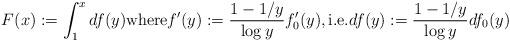
LaTeX: \begin{align*}F(x):=\int_1^x df(y) \textrm{where} f'(y):=\frac{1-1/y}{\log y} f'_0(y), \textrm{i.e.} df(y):=\frac{1-1/y}{\log y} df_0(y)\end{align*}